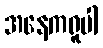
အနေကရူပါ